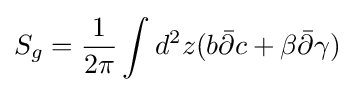
S_{g}={\frac {1}{2\pi }}\int d^{2}z(b{\bar {\partial }}c+\beta {\bar {\partial }}\gamma )